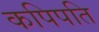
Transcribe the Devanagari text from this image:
कपिपति